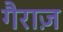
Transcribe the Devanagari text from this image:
गैराज़